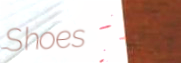
Shoes